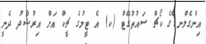
އިންގެލްނޑްގެ ކޯޗް ސައުތުގޭޓް (ކ) އެ ޓީމުގެ ޗީކް އަށް އިރުޝާދު ދެނީ